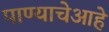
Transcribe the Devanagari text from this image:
पाण्याचेआहे